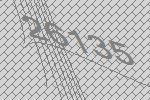
26135